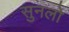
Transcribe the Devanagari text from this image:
सुनलो